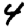
Digit: 4